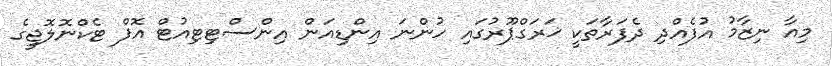
މިއާ ނިޒާމު އުފެއްދި ދެފަރާތަކީ ޚަރަގްޕޫރުގައި ހުންނަ އިންޑިއަން އިންސްޓިޓިއުޓް އޮފް ޓެކްނޮލޮޖީގެ